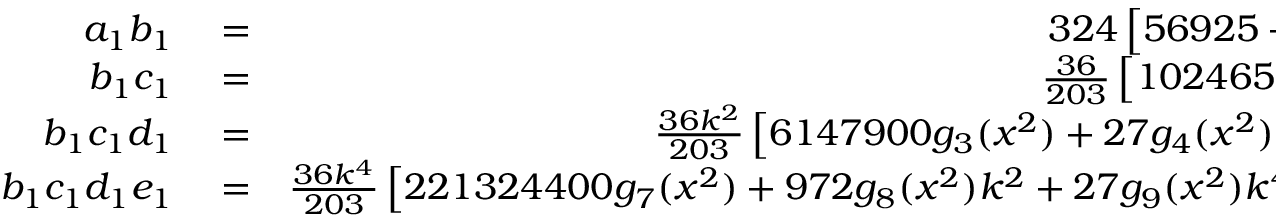
\begin{array} { r l r } { a _ { 1 } b _ { 1 } } & { { } = } & { 3 2 4 \left[ 5 6 9 2 5 + ( 2 3 8 9 7 4 + 3 3 4 0 x ^ { 2 } ) k ^ { 2 } \right] > 0 \; , } \\ { b _ { 1 } c _ { 1 } } & { { } = } & { \frac { 3 6 } { 2 0 3 } \left[ 1 0 2 4 6 5 0 + 1 8 g _ { 1 } ( x ^ { 2 } ) k ^ { 2 } + g _ { 2 } ( x ^ { 2 } ) k ^ { 4 } \right] \; , } \\ { b _ { 1 } c _ { 1 } d _ { 1 } } & { { } = } & { \frac { 3 6 k ^ { 2 } } { 2 0 3 } \left[ 6 1 4 7 9 0 0 g _ { 3 } ( x ^ { 2 } ) + 2 7 g _ { 4 } ( x ^ { 2 } ) k ^ { 2 } + 6 g _ { 5 } ( x ^ { 2 } ) k ^ { 4 } + g _ { 6 } ( x ^ { 2 } ) k ^ { 6 } \right] \; , } \\ { b _ { 1 } c _ { 1 } d _ { 1 } e _ { 1 } } & { { } = } & { \frac { 3 6 k ^ { 4 } } { 2 0 3 } \left[ 2 2 1 3 2 4 4 0 0 g _ { 7 } ( x ^ { 2 } ) + 9 7 2 g _ { 8 } ( x ^ { 2 } ) k ^ { 2 } + 2 7 g _ { 9 } ( x ^ { 2 } ) k ^ { 4 } + 6 g _ { 1 0 } ( x ^ { 2 } ) k ^ { 6 } + g _ { 1 1 } ( x ^ { 2 } ) k ^ { 8 } \right] , } \end{array}